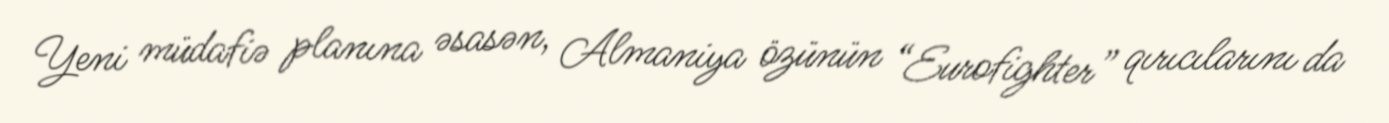
Yeni müdafiə planına əsasən, Almaniya özünün “Eurofighter” qırıcılarını da